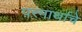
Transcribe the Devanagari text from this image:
परमार्थाचे